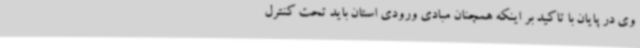
وی در پایان با تاکید بر اینکه همچنان مبادی ورودی استان باید تحت کنترل